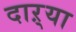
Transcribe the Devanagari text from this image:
दाऱ्या